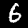
Label: 6